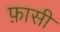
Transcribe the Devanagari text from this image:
फ़ासी